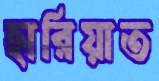
হারিয়াত